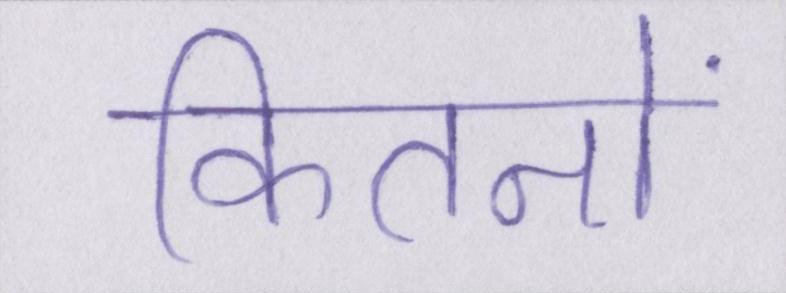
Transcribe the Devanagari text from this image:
कितनों